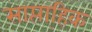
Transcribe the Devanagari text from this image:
साप्ता्हिक